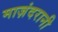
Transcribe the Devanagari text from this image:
माज़ंदरानी